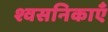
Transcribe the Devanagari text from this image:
श्वसनिकाएँ